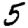
Digit: 5